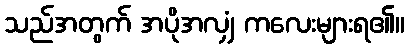
သည်အတွက် အပိုအလျှံ ကလေးများရ၏။